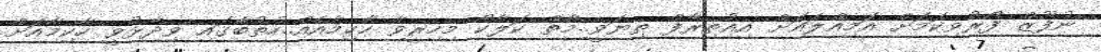
ނުފޫޒް ފޯރުވިކަމަށް އަމިއްލައަށް އިއުތިރާފް ތިޔަވީ..މާތް ކަލާކޯ މިހިރީވާ ހާކިމާއެއް..ހުތުބާގައި ވިދާޅުވީ ހާކިމާއަށް